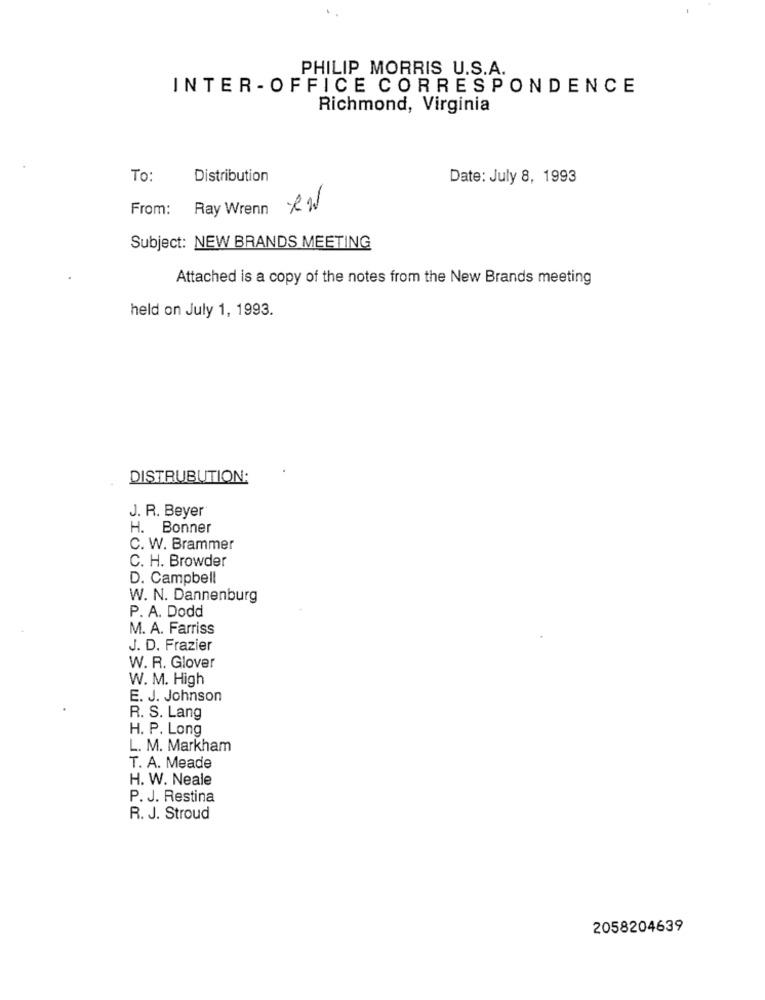
PHILIP MORRIS U.S.A.
INTER-OFFICE CORRESPONDENCE
Richmond, Virginia
To:
Distribution
Date: July 8, 1993
From: Ray Wrenn
Subject: NEW BRANDS MEETING
Attached is a copy of the notes from the New Brands meeting
held on July 1, 1993.
DISTRUBUTION:
J. R. Beyer
H. Bonner
C. W. Brammer
C. H. Browder
D. Campbell
TOGO
W. N. Dannenburg
P. A. Dodd
M. A. Farriss
J. D. Frazier
W. R. Glover
W. M. High
E. J. Johnson
R. S. Lang
H. P. Long
L. M. Markham
T. A. Meade
H. W. Neale
P. J. Restina
R. J. Stroud
2058204639